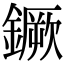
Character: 鐝